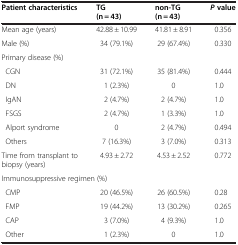
<table><thead><tr><td><b>Patient characteristics</b></td><td><b>TG (n = 43)</b></td><td><b>non-TG (n = 43)</b></td><td><b><i>P</i> value</b></td></tr></thead><tbody><tr><td>Mean age (years)</td><td>42.88 ± 10.99</td><td>41.81 ± 8.91</td><td>0.356</td></tr><tr><td>Male (%)</td><td>34 (79.1%)</td><td>29 (67.4%)</td><td>0.330</td></tr><tr><td>Primary disease (%)</td><td> </td><td> </td><td> </td></tr><tr><td> CGN</td><td>31 (72.1%)</td><td>35 (81.4%)</td><td>0.444</td></tr><tr><td> DN</td><td>1 (2.3%)</td><td>0</td><td>1.0</td></tr><tr><td> IgAN</td><td>2 (4.7%)</td><td>2 (4.7%)</td><td>1.0</td></tr><tr><td> FSGS</td><td>2 (4.7%)</td><td>1 (3.3%)</td><td>1.0</td></tr><tr><td> Alport syndrome</td><td>0</td><td>2 (4.7%)</td><td>0.494</td></tr><tr><td> Others</td><td>7 (16.3%)</td><td>3 (7.0%)</td><td>0.313</td></tr><tr><td>Time from transplant to biopsy (years)</td><td>4.93 ± 2.72</td><td>4.53 ± 2.52</td><td>0.772</td></tr><tr><td colspan="4">Immunosuppressive regimen (%)</td></tr><tr><td> CMP</td><td>20 (46.5%)</td><td>26 (60.5%)</td><td>0.28</td></tr><tr><td> FMP</td><td>19 (44.2%)</td><td>13 (30.2%)</td><td>0.265</td></tr><tr><td> CAP</td><td>3 (7.0%)</td><td>4 (9.3%)</td><td>1.0</td></tr><tr><td> Other</td><td>1 (2.3%)</td><td>0</td><td>1.0</td></tr></tbody></table>